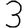
Digit: 3